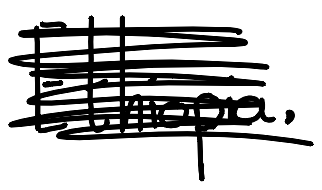
Text: Ethiopia.
Cross-out: scratch
Writing tool: digital_black